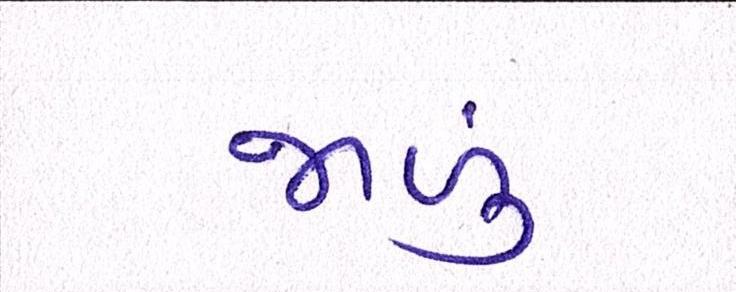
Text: જાળું